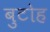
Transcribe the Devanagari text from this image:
बुटोह